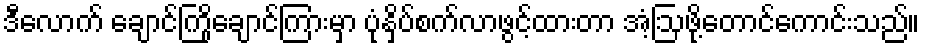
ဒီလောက် ချောင်ကြိုချောင်ကြားမှာ ပုံနှိပ်စက်လာဖွင့်ထားတာ အံ့ဩဖို့တောင်ကောင်းသည်။